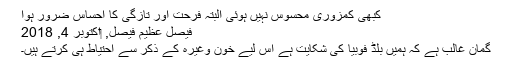
کبھی کمزوری محسوس نہیں ہوئی البتہ فرحت اور تازگی کا احساس ضرور ہوا
فیصل عظیم فیصل, ‏اکتوبر 4, 2018
گمان غالب ہے کہ ہمیں بلڈ فوبیا کی شکایت ہے اس لیے خون وغیرہ کے ذکر سے احتیاط ہی کرتے ہیں۔